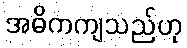
အဓိကကျသည်ဟု